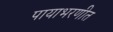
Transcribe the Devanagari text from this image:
पायाभरणीत